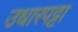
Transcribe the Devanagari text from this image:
उधारपट्टा